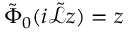
\tilde { \Phi } _ { 0 } ( i \tilde { \mathcal { L } } z ) = z